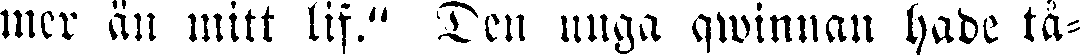
mer än mitt lif." Den unga qwinnan hade tå-